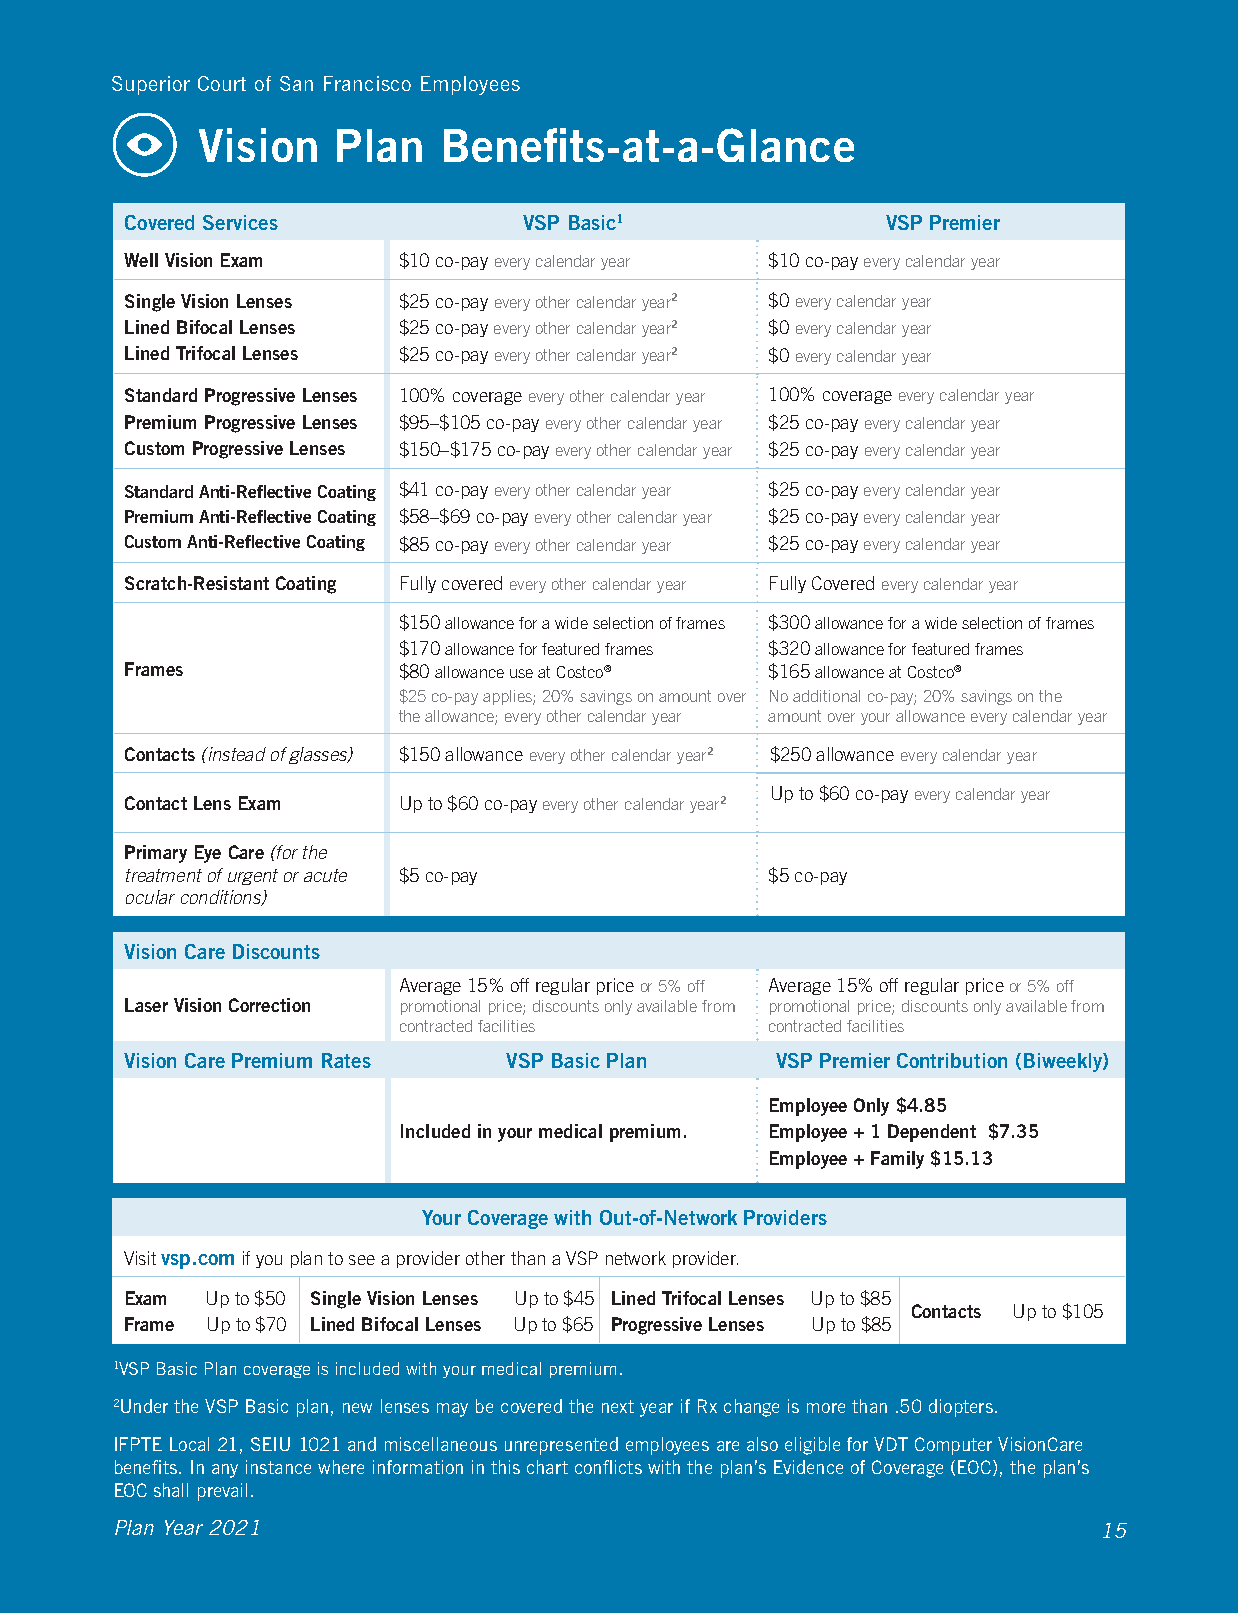
Superior Court of San Francisco Employees
 Vision   Plan   Benefits-at-a-Glance
 Covered Services           VSP Basic1              VSP Premier
 Well Vision Exam  $10 co-pay every calendar year $10 co-pay every calendar year
 Single Vision Lenses $25 co-pay every other calendar year2 $0 every calendar year
 Lined Bifocal Lenses $25 co-pay every other calendar year2 $0 every calendar year
 Lined Trifocal Lenses $25 co-pay every other calendar year2 $0 every calendar year
 Standard Progressive Lenses 100% coverage every other calendar year 100% coverage every calendar year
 Premium Progressive Lenses $95–$105 co-pay every other calendar year $25 co-pay every calendar year
 Custom Progressive Lenses $150–$175 co-pay every other calendar year $25 co-pay every calendar year
 Standard Anti-Reflective Coating $41 co-pay every other calendar year $25 co-pay every calendar year
 Premium Anti-Reflective Coating $58–$69 co-pay every other calendar year $25 co-pay every calendar year
 Custom Anti-Reflective Coating $85 co-pay every other calendar year $25 co-pay every calendar year
 Scratch-Resistant Coating Fully covered every other calendar year Fully Covered every calendar year
 $150 allowance for a wide selection of frames $300 allowance for a wide selection of frames
 $170 allowance for featured frames $320 allowance for featured frames
 Frames            $80 allowance use at Costco® $165 allowance at Costco®
 $25 co-pay applies; 20% savings on amount over No additional co-pay; 20% savings on the
 the allowance; every other calendar year amount over your allowance every calendar year
 Contacts (instead of glasses) $150 allowance every other calendar year2 $250 allowance every calendar year
 Up to $60 co-pay every calendar year
 Contact Lens Exam Up to $60 co-pay every other calendar year2
 Primary Eye Care (for the
 treatment of urgent or acute $5 co-pay     $5 co-pay
 ocular conditions)
 Vision Care Discounts
 Average 15% off regular price or 5% off Average 15% off regular price or 5% off
 Laser Vision Correction promotional price; discounts only available from promotional price; discounts only available from
 contracted facilities    contracted facilities
 Vision Care Premium Rates VSP Basic Plan   VSP Premier Contribution (Biweekly)
 Employee Only $4.85
 Included in your medical premium. Employee + 1 Dependent $7.35
 Employee + Family $15.13
 Your Coverage with Out-of-Network Providers
 Visit vsp.com if you plan to see a provider other than a VSP network provider.
 Exam  Up to $50 Single Vision Lenses Up to $45 Lined Trifocal Lenses Up to $85
 Contacts Up to $105
 Frame Up to $70 Lined Bifocal Lenses Up to $65 Progressive Lenses Up to $85
 1VSP Basic Plan coverage is included with your medical premium.
 2Under the VSP Basic plan, new lenses may be covered the next year if Rx change is more than .50 diopters.
 IFPTE Local 21, SEIU 1021 and miscellaneous unrepresented employees are also eligible for VDT Computer VisionCare
 benefits. In any instance where information in this chart conflicts with the plan’s Evidence of Coverage (EOC), the plan’s
 EOC shall prevail.
 Plan Year 2021                                                    15